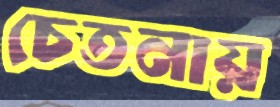
চেতনায়